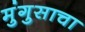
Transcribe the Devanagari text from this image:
मुंगुसाचा